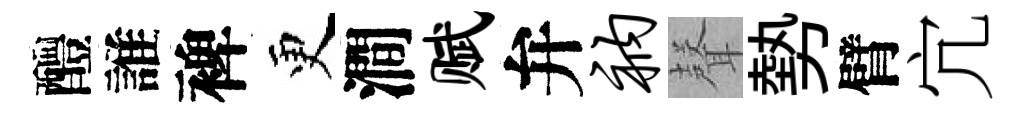
醴誰裨更澗赋弁衲𮋻勢臂宂